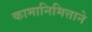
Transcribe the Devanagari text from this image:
कामानिमित्ताने